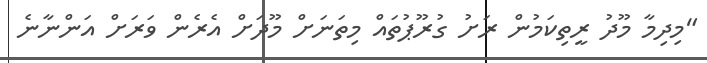
"މިދިމާ މޫދު ރީތިކަމުން ރަށު ގުރޫޕުތައް މިތަނަށް މޫދަށް އެރެން ވަރަށް އަންނާނެ